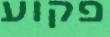
פקוע